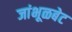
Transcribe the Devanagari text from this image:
जांभूळबेट